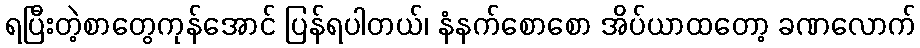
ရပြီးတဲ့စာတွေကုန်အောင် ပြန်ရပါတယ်၊ နံနက်စောစော အိပ်ယာထတော့ ခဏလောက်